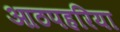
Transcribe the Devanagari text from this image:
आठपहरिया